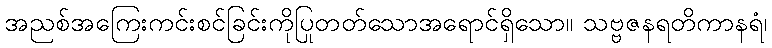
အညစ်အကြေးကင်းစင်ခြင်းကိုပြုတတ်သောအရောင်ရှိသော။ သဗ္ဗဇနရတိကာနရံ၊